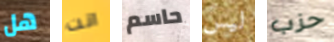
هل انت حاسم ليس حزب